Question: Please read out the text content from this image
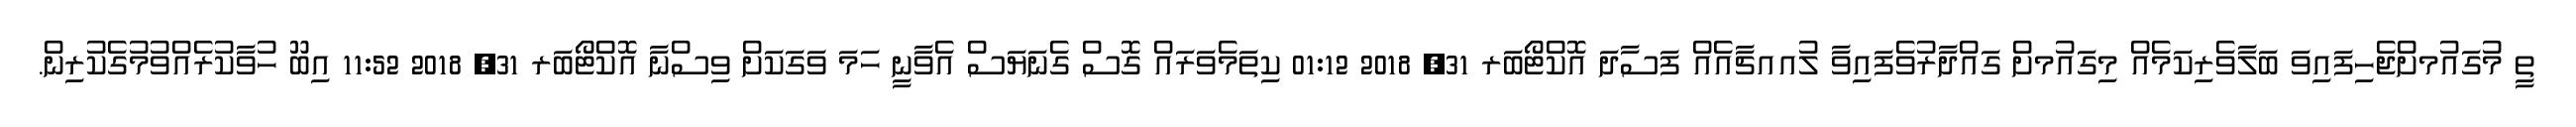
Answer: ތީ މުގައުމށްޖެހިފައިވަ ބަލާވެރިކަމެއް މިގައުމށް ގައްދާރުވެފައިވާ ލުއއޗާއެއް ފަސާދަ އޮކްޓޯބަރ 31, 2018 01:12 ކިތަމެވަރައް ގޮސް ގެނަޔަސް އެވާނީ ހަމަ ވަގަކަށް ވިސްނާ އޮކްޓޯބަރ 31, 2018 11:52 އިބޫ ހުވާކުރެއްވުމުގެކުރިން.